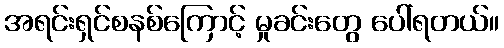
အရင်းရှင်စနစ်ကြောင့် မှုခင်းတွေ ပေါ်ရတယ်။